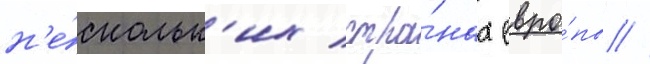
н'е́скольк'их стра́нах евро́пы //